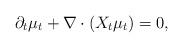
LaTeX: \begin{align*}\partial_t\mu_t+\nabla\cdot(X_t\mu_t)=0,\end{align*}